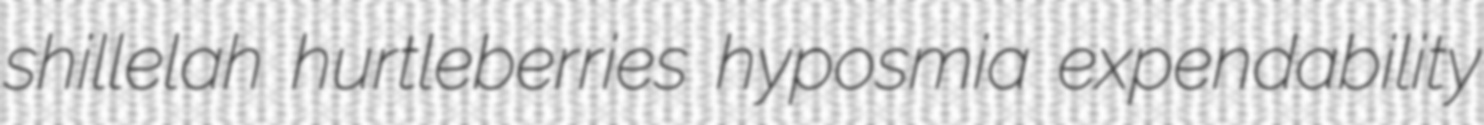
shillelah hurtleberries hyposmia expendability